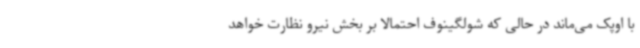
با اوپک می‌ماند در حالی که شولگینوف احتمالا بر بخش نیرو نظارت خواهد